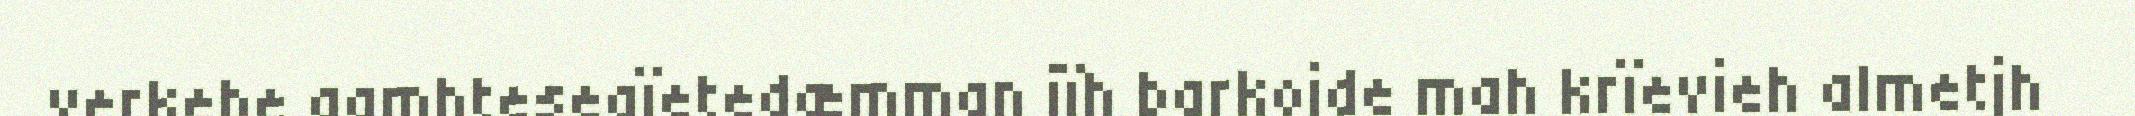
verkebe aamhtesegïetedæmman jïh barkojde mah krïevieh almetjh